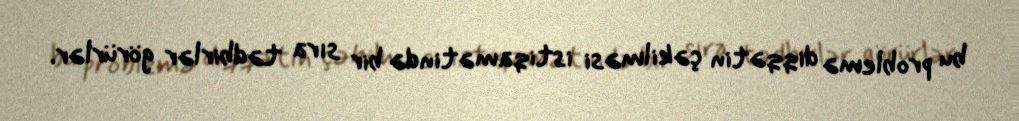
bu problemə diqqətin çəkilməsi istiqamətində bir sıra tədbirlər görürlər.